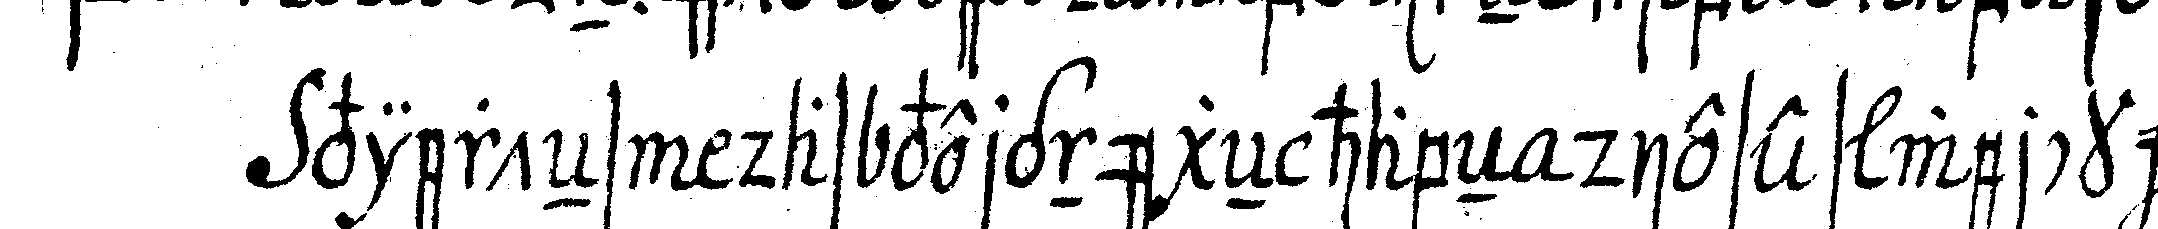
vierteNs das vergnügeN habeN dieses werck